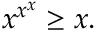
x ^ { x ^ { x } } \geq x .